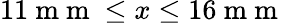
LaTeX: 11\mathrm{~m~m~}\leq x\leq 16\mathrm{~m~m~}